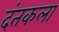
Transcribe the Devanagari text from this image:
दंतकला